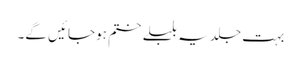
بہت جلد یہ بلبلے ختم ہوجائیں گے۔